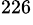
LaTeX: ^{226}